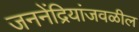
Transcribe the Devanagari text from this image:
जननेंद्रियांजवळील